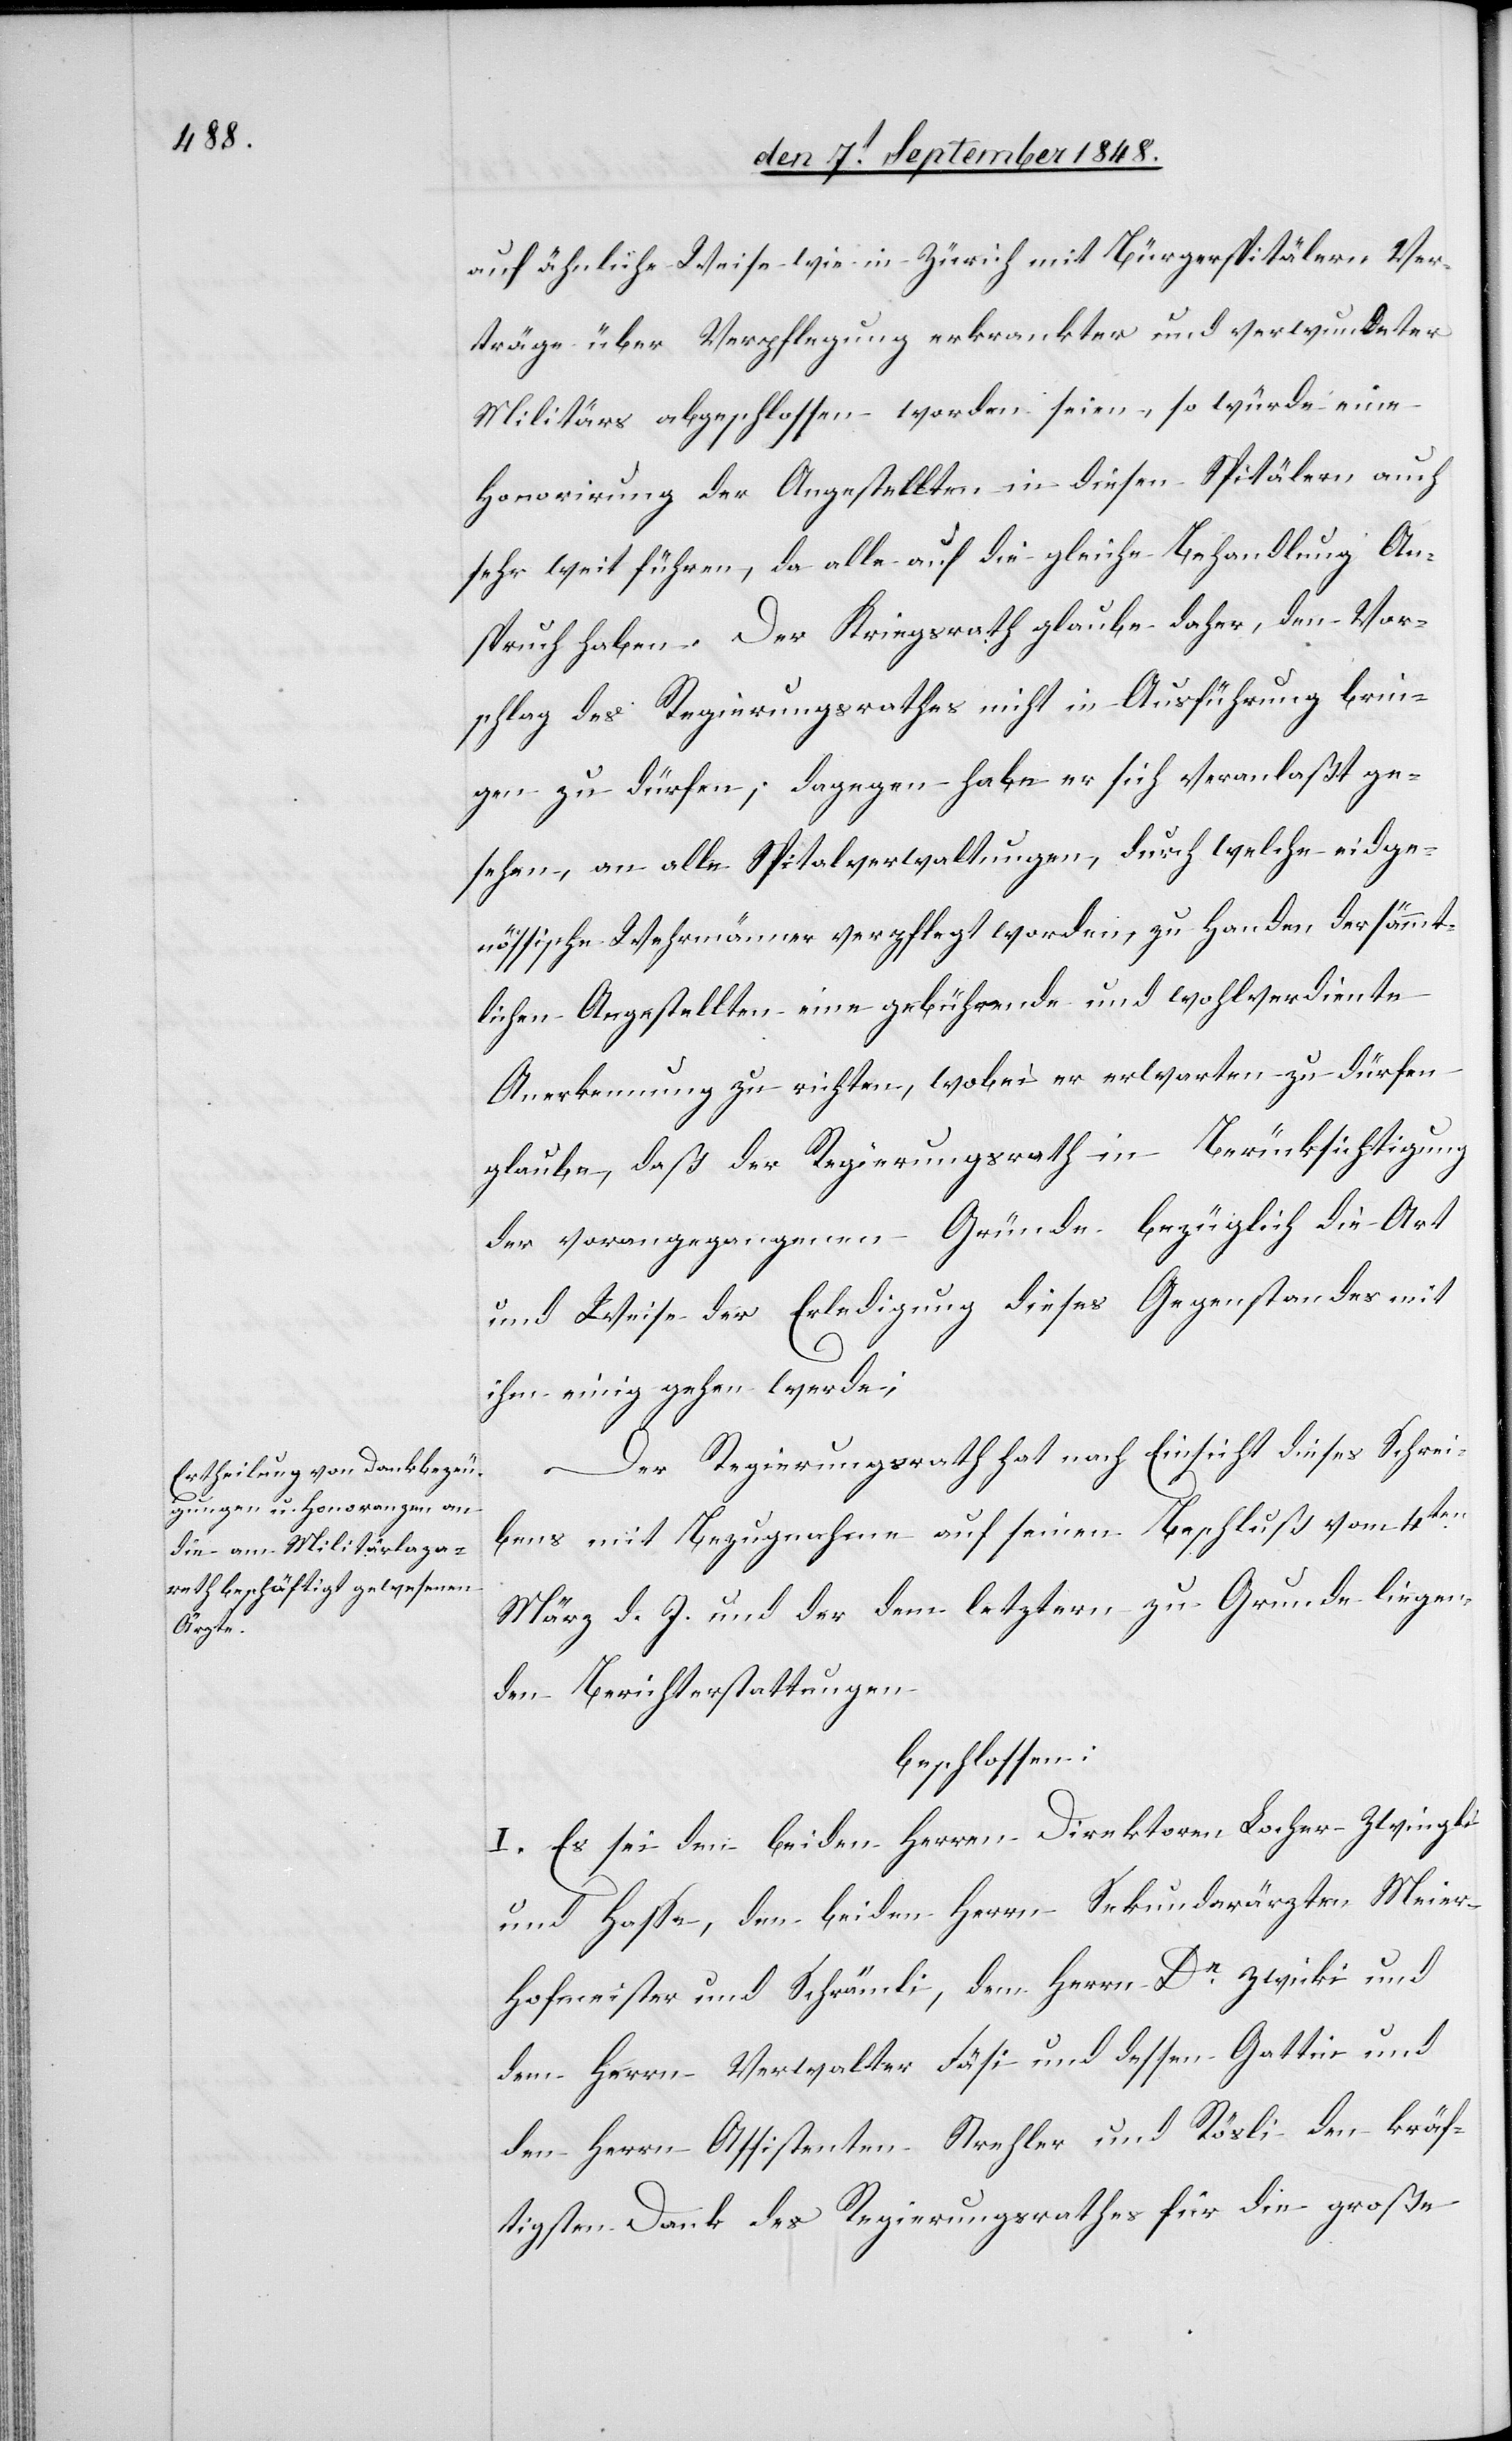
kräf¬

auf ähnliche Weise wie in Zürich mit Bürgerspitälern Ver¬
träge über Verpflegung erkrankter und verwundeter
Militärs abgeschlossen worden seien, so würde eine
Honorirung der Angestellten in diesen Spitälern auch
sehr weit führen, da alle auf die gleiche Behandlung An¬
spruch haben. Der Kriegsrath glaube daher, den Vor¬
schlag des Regierungsrathes nicht in Ausführung brin¬
gen zu dürfen; dagegen habe er sich veranlaßt ge¬
sehen, an alle Spitalverwaltungen, durch welche eidge¬
nössische Wehrmänner verpflegt worden, zu Handen der sämmt¬
lichen Angestellten eine gebührende und wohlverdiente
Anerkennung zu richten, wobei er erwarten zu dürfen
glaube, daß der Regierungsrath in Berücksichtigung
der vorangegangenen Gründe bezüglich die Art
und Weise der Erledigung dieses Gegenstandes mit
ihm einig gehen werde;
Der Regierungsrath hat nach Einsicht dieses Schrei¬
bens mit Bezugnahme auf seinen Beschluß vom 4ten
März d. J. und der dem letztern zu Grunde liegen¬
den Berichterstattungen
beschlossen:
I. Es sei den beiden Herren Direktoren Locher-Zwingli
und Hasse, den beiden Herrn Sekundärärzten Meier-
Hofmeister und Schrämli, dem Herrn Dr Zwicki und
tigen Dank des Regierungsrathes für die große